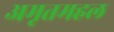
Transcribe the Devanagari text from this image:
अमृतमहल